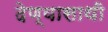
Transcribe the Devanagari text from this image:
देण्यासाथी